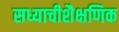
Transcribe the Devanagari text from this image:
सध्याचीशैक्षणिक